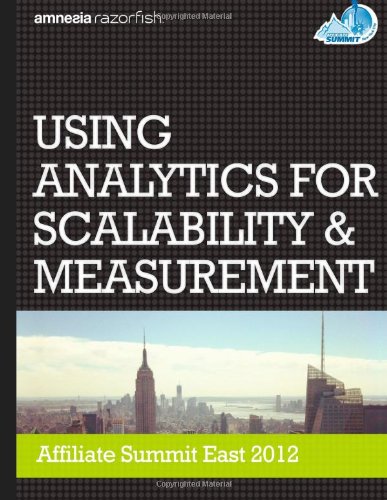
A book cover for Using Analytics for Scalability & Measurement: Affiliate Summit East 2012; Mr David A Iwanow; Computers & Technology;